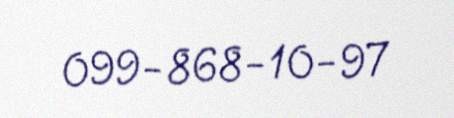
099-868-10-97